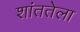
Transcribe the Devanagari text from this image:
शांततेला